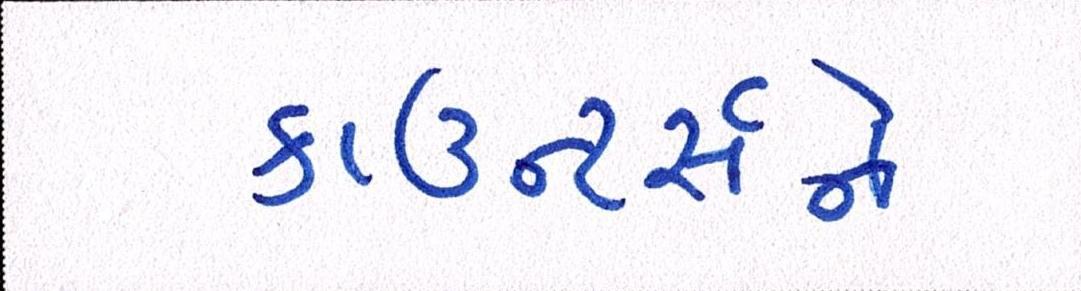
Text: કાઉન્ટર્સને